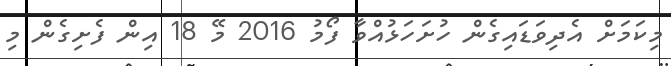
މިކަމަށް އެދިވަޑައިގެން ހުށަހަޅުއްވާ ފޯމު 2016 މޭ 18 އިން ފެށިގެން މި